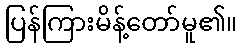
ပြန်ကြားမိန့်တော်မူ၏။